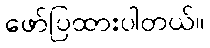
ဖော်ပြထားပါတယ်။